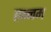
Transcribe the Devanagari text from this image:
हन्नम